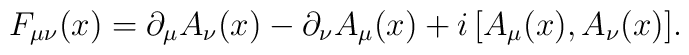
F_{\mu\nu}(x)=\partial_\mu A_\nu(x)-\partial_\nu A_\mu(x)	+i\,[A_\mu(x),A_\nu(x)].